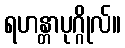
ရဟန္တာပုဂ္ဂိုလ်။